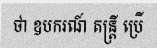
ថា ឧបករណ៍ តន្ត្រី ប្រើ